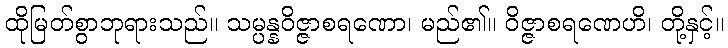
ထိုမြတ်စွာဘုရားသည်။ သမ္ပန္နဝိဇ္ဇာစရဏော၊ မည်၏။ ဝိဇ္ဇာစရဏေဟိ၊ တို့နှင့်။